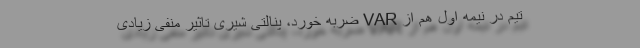
تیم در نیمه اول هم از VAR ضربه خورد، پنالتی شیری تاثیر منفی زیادی